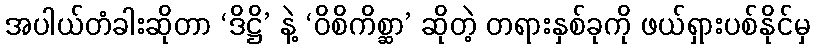
အပါယ်တံခါးဆိုတာ ‘ဒိဋ္ဌိ’ နဲ့ ‘ဝိစိကိစ္ဆာ’ ဆိုတဲ့ တရားနှစ်ခုကို ဖယ်ရှားပစ်နိုင်မှ